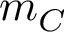
m _ { C }